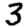
Digit: 3